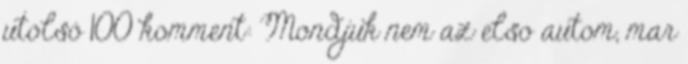
utolsó 100 komment: Mondjuk nem az elso autom, mar